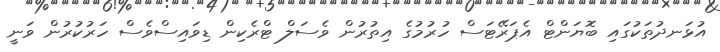
އުޅަނދުތަކުގައި ބޮޔަންޓް އެޕަރޭޓަސް ހުރުމުގެ އިތުރުން ވެސަލް ޓްރެކިން ޑިވައިސްވެސް ހަރުކުރުން ވަނީ